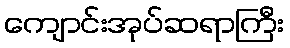
ကျောင်းအုပ်ဆရာကြီး